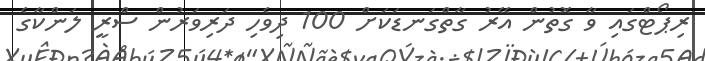
ރިޕޯޓްގައި ވާ ގޮތުން އޭރު ގާތްގަނޑަކަށް 100 ދިވެހި ދަރިވަރުން ސްރީ ލަންކާގެ